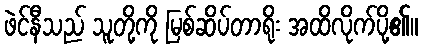
ဖဲင်နီသည် သူတို့ကို မြစ်ဆိပ်တာရိုး အထိလိုက်ပို့၏။